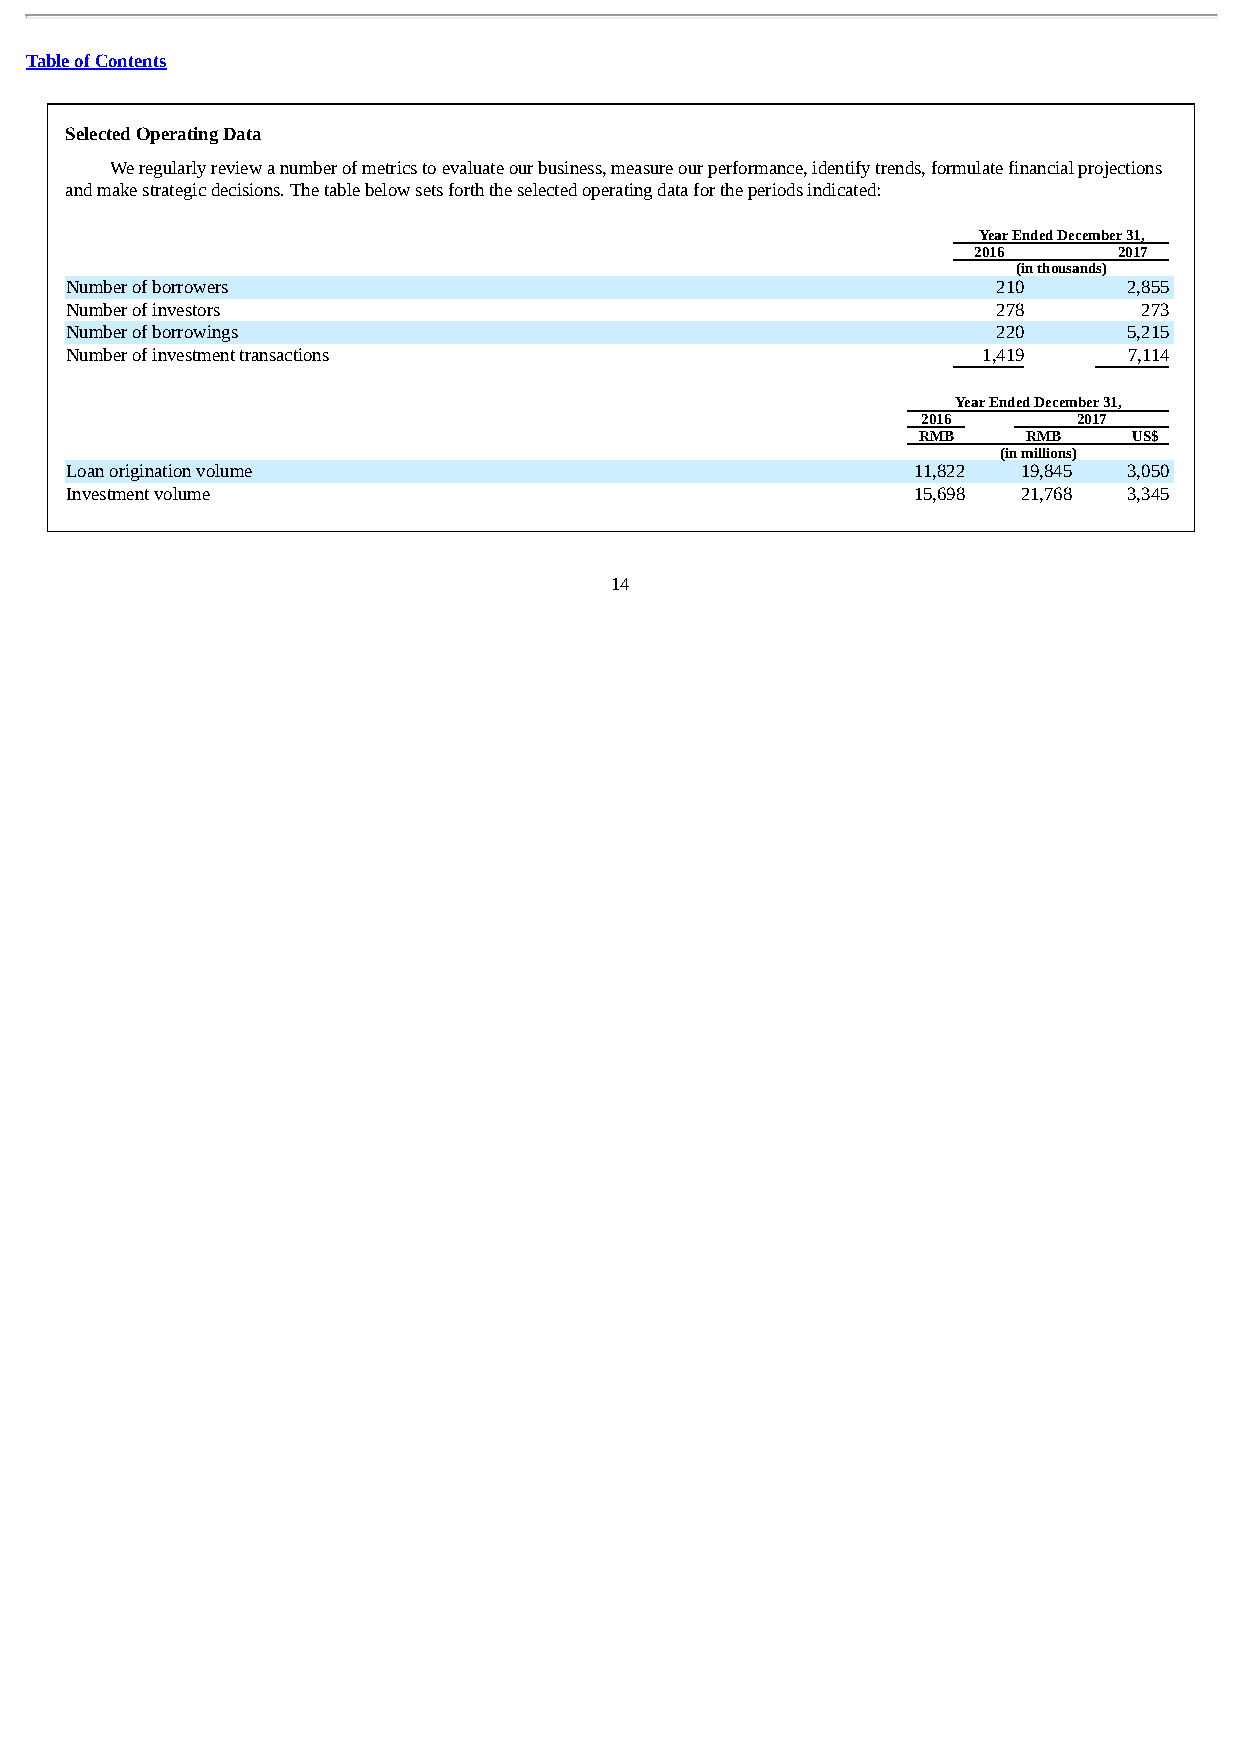
Table of Contents
 Selected Operating Data
 We regularly review a number of metrics to evaluate our business, measure our performance, identify trends, formulate financial projections
 and make strategic decisions. The table below sets forth the selected operating data for the periods indicated:
 Year Ended December 31,
 2016      2017
 (in thousands)
 Number of borrowers                                           210      2,855
 Number of investors                                           278       273
 Number of borrowings                                          220      5,215
 Number of investment transactions                            1,419     7,114
 Year Ended December 31,
 2016      2017
 RMB    RMB    US$
 (in millions)
 Loan origination volume                                  11,822 19,845 3,050
 Investment volume                                       15,698  21,768 3,345
 14